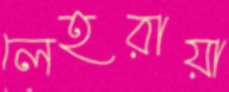
লেহরায়া